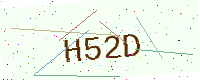
Text: H52D